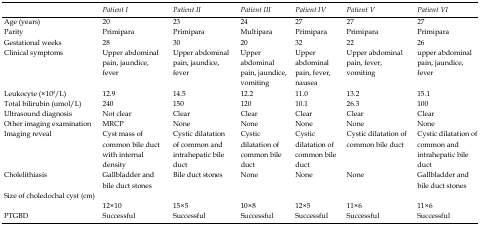
<table><thead><tr><td></td><td><b><i>Patient I</i></b></td><td><b><i>Patient II</i></b></td><td><b><i>Patient III</i></b></td><td><b><i>Patient IV</i></b></td><td><b><i>Patient V</i></b></td><td><b><i>Patient VI</i></b></td></tr></thead><tbody><tr><td>Age (years)</td><td>20</td><td>23</td><td>24</td><td>27</td><td>27</td><td>27</td></tr><tr><td>Parity</td><td>Primipara</td><td>Primipara</td><td>Multipara</td><td>Primipara</td><td>Primipara</td><td>Primipara</td></tr><tr><td>Gestational weeks</td><td>28</td><td>30</td><td>20</td><td>32</td><td>22</td><td>26</td></tr><tr><td>Clinical symptoms</td><td>Upper abdominal pain, jaundice, fever</td><td>Upper abdominal pain, jaundice, fever</td><td>Upper abdominal pain, jaundice, vomiting</td><td>Upper abdominal pain, fever, nausea</td><td>Upper abdominal pain, fever, vomiting</td><td>upper abdominal pain, jaundice, fever</td></tr><tr><td>Leukocyte (×10<sup>9</sup>/L)</td><td>12.9</td><td>14.5</td><td>12.2</td><td>11.0</td><td>13.2</td><td>15.1</td></tr><tr><td>Total bilirubin (umol/L)</td><td>240</td><td>150</td><td>120</td><td>10.1</td><td>26.3</td><td>100</td></tr><tr><td>Ultrasound diagnosis</td><td>Not clear</td><td>Clear</td><td>Clear</td><td>Clear</td><td>Clear</td><td>Clear</td></tr><tr><td>Other imaging examination</td><td>MRCP</td><td>None</td><td>None</td><td>None</td><td>None</td><td>None</td></tr><tr><td>Imaging reveal</td><td>Cyst mass of common bile duct with internal density</td><td>Cystic dilatation of common and intrahepatic bile duct</td><td>Cystic dilatation of common bile duct</td><td>Cystic dilatation of common bile duct</td><td>Cystic dilatation of common bile duct</td><td>Cystic dilatation of common and intrahepatic bile duct</td></tr><tr><td>Cholelithiasis</td><td>Gallbladder and bile duct stones</td><td>Bile duct stones</td><td>None</td><td>None</td><td>None</td><td>Gallbladder and bile duct stones</td></tr><tr><td>Size of choledochal cyst (cm)</td><td>12×10</td><td>15×5</td><td>10×8</td><td>12×5</td><td>11×6</td><td>11×6</td></tr><tr><td>PTGBD</td><td>Successful</td><td>Successful</td><td>Successful</td><td>Successful</td><td>Successful</td><td>Successful</td></tr></tbody></table>